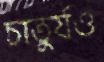
চাতুর্যও